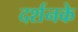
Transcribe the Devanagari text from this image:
दर्शनके